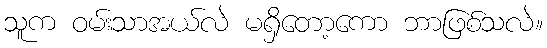
သူက ဝမ်းသာအယ်လဲ မရှိတော့ကော ဘာဖြစ်သလဲ။